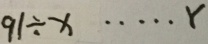
9 1 \div x \cdots r